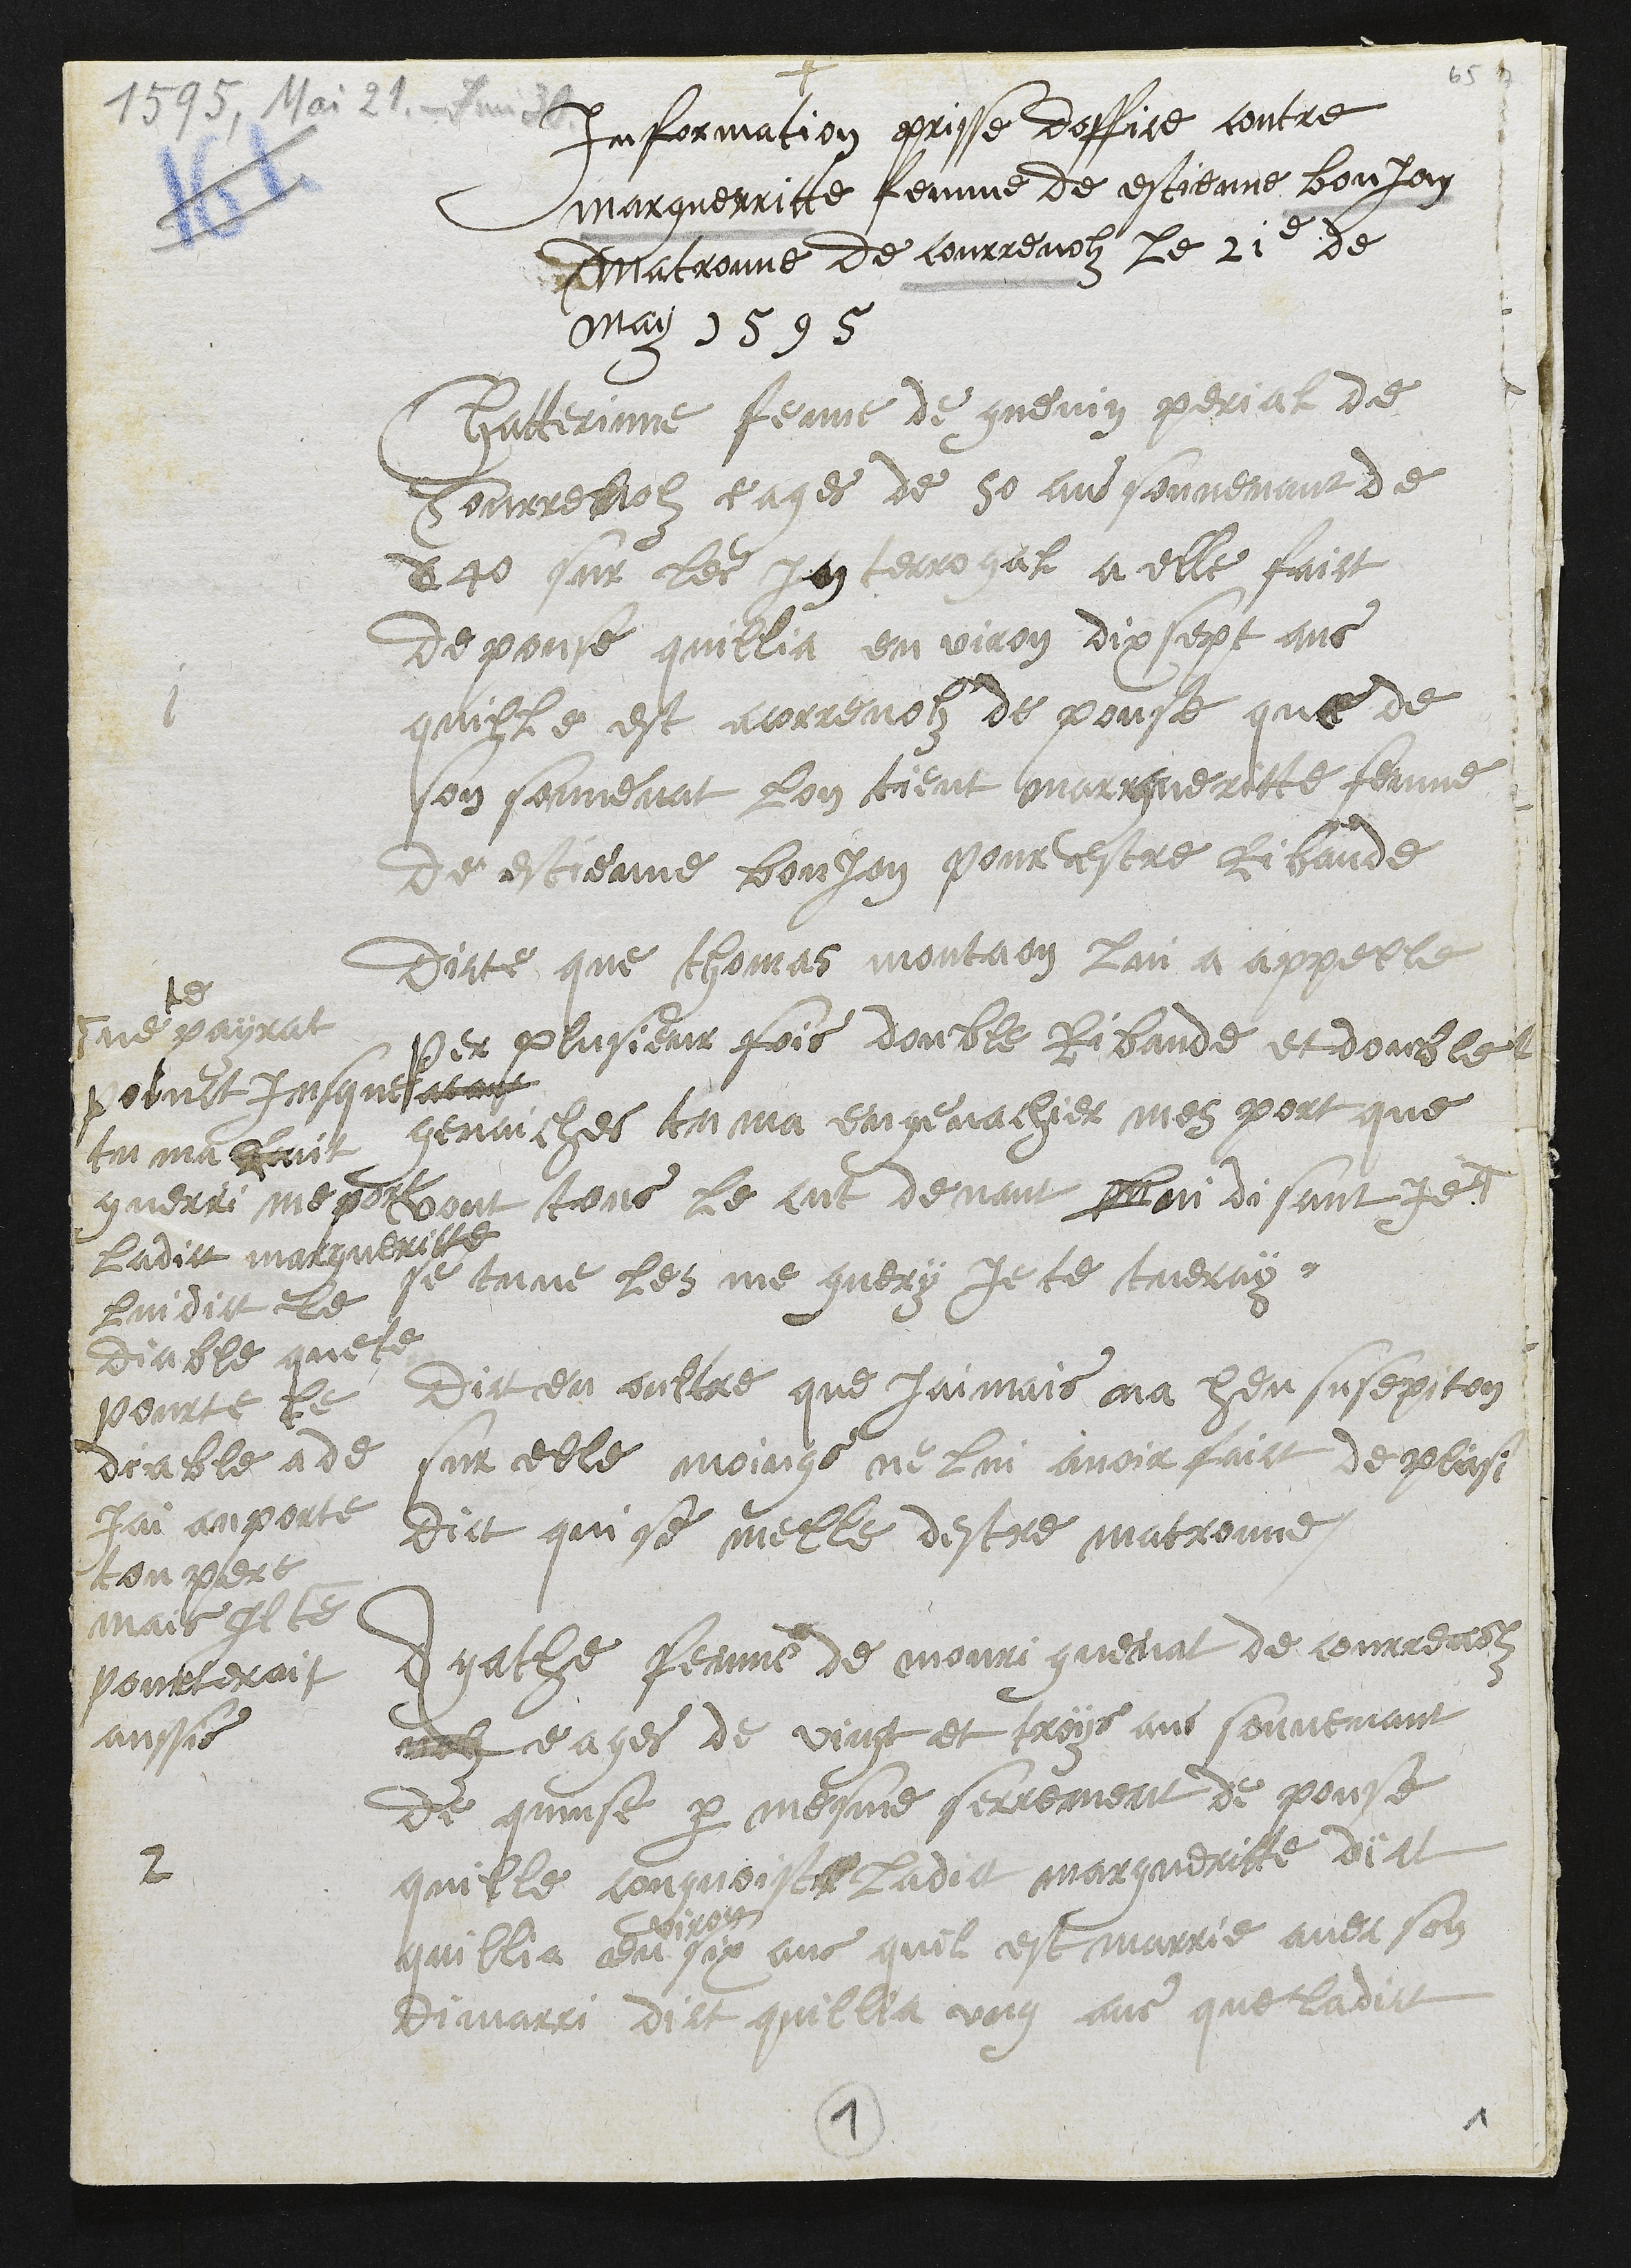
+
Information prisse doffice contre
Marguerritte femme de estienne bon jon
Matronne de Courrenolz le 21e de
May 1595
1
Chatterinne femme de guenin perial de
Courrenolz eages de 50 ans souvenant de
6 40 sur les Interrogal a elle faict
depouse quillia environ dix sept ans
quille est a Correnolz de pouse que de
son souvenat lon tient margueritte femme
de estienne bonjon pour estre Ribaude
dicte que Thomas montaon lui a appelle
per plusieur fois double Ribaude et double
genaiches tu ma engenachier mes port que
vont tous le cut devant lui disant je #
# ne
te
# ne payrat
poinct jusques
tu ma fait
guerri me porc
se tu ne les me guery Je te tueray.
Ladict margueritte
lui dict le
diable que te
pourte le
diable a de
jai anporte
ton pere
mais Il te
pourteroit
aussi
Dict en oultre que Jaimais na heu susepiton
sur elle moings ne lui avoir faict deplaisi
dict qui se melle destre matronne
2
Agathe femme de mouri guenat de Courrenolz
nez eages de vingt et troys ans souvenant
de quinse par mesme serrement de pouse
quelle congnoist ladict margueritte dict
quillia en
viron
six ans quil est marrie avec son
dimarri dict quillia ung ans que ladict
1
1